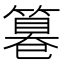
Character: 𥲻